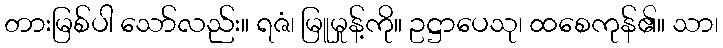
တားမြစ်ပါ သော်လည်း။ ရဇံ၊ မြူမှုန့်ကို။ ဥဋ္ဌာပေသု၊ ထစေကုန်၏။ သာ၊